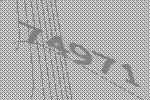
74971